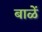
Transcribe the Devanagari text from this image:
बाळें